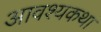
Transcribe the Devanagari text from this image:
आवश्यकथा